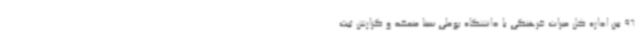
96 بین اداره کل میراث فرهنگی با دانشگاه بوعلی سینا منعقد و گزارش ثبت